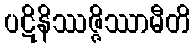
ပဋိနိဿဇ္ဇိဿာမီတိ